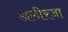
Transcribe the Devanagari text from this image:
अलीरजा